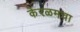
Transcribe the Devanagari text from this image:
केरळमचा